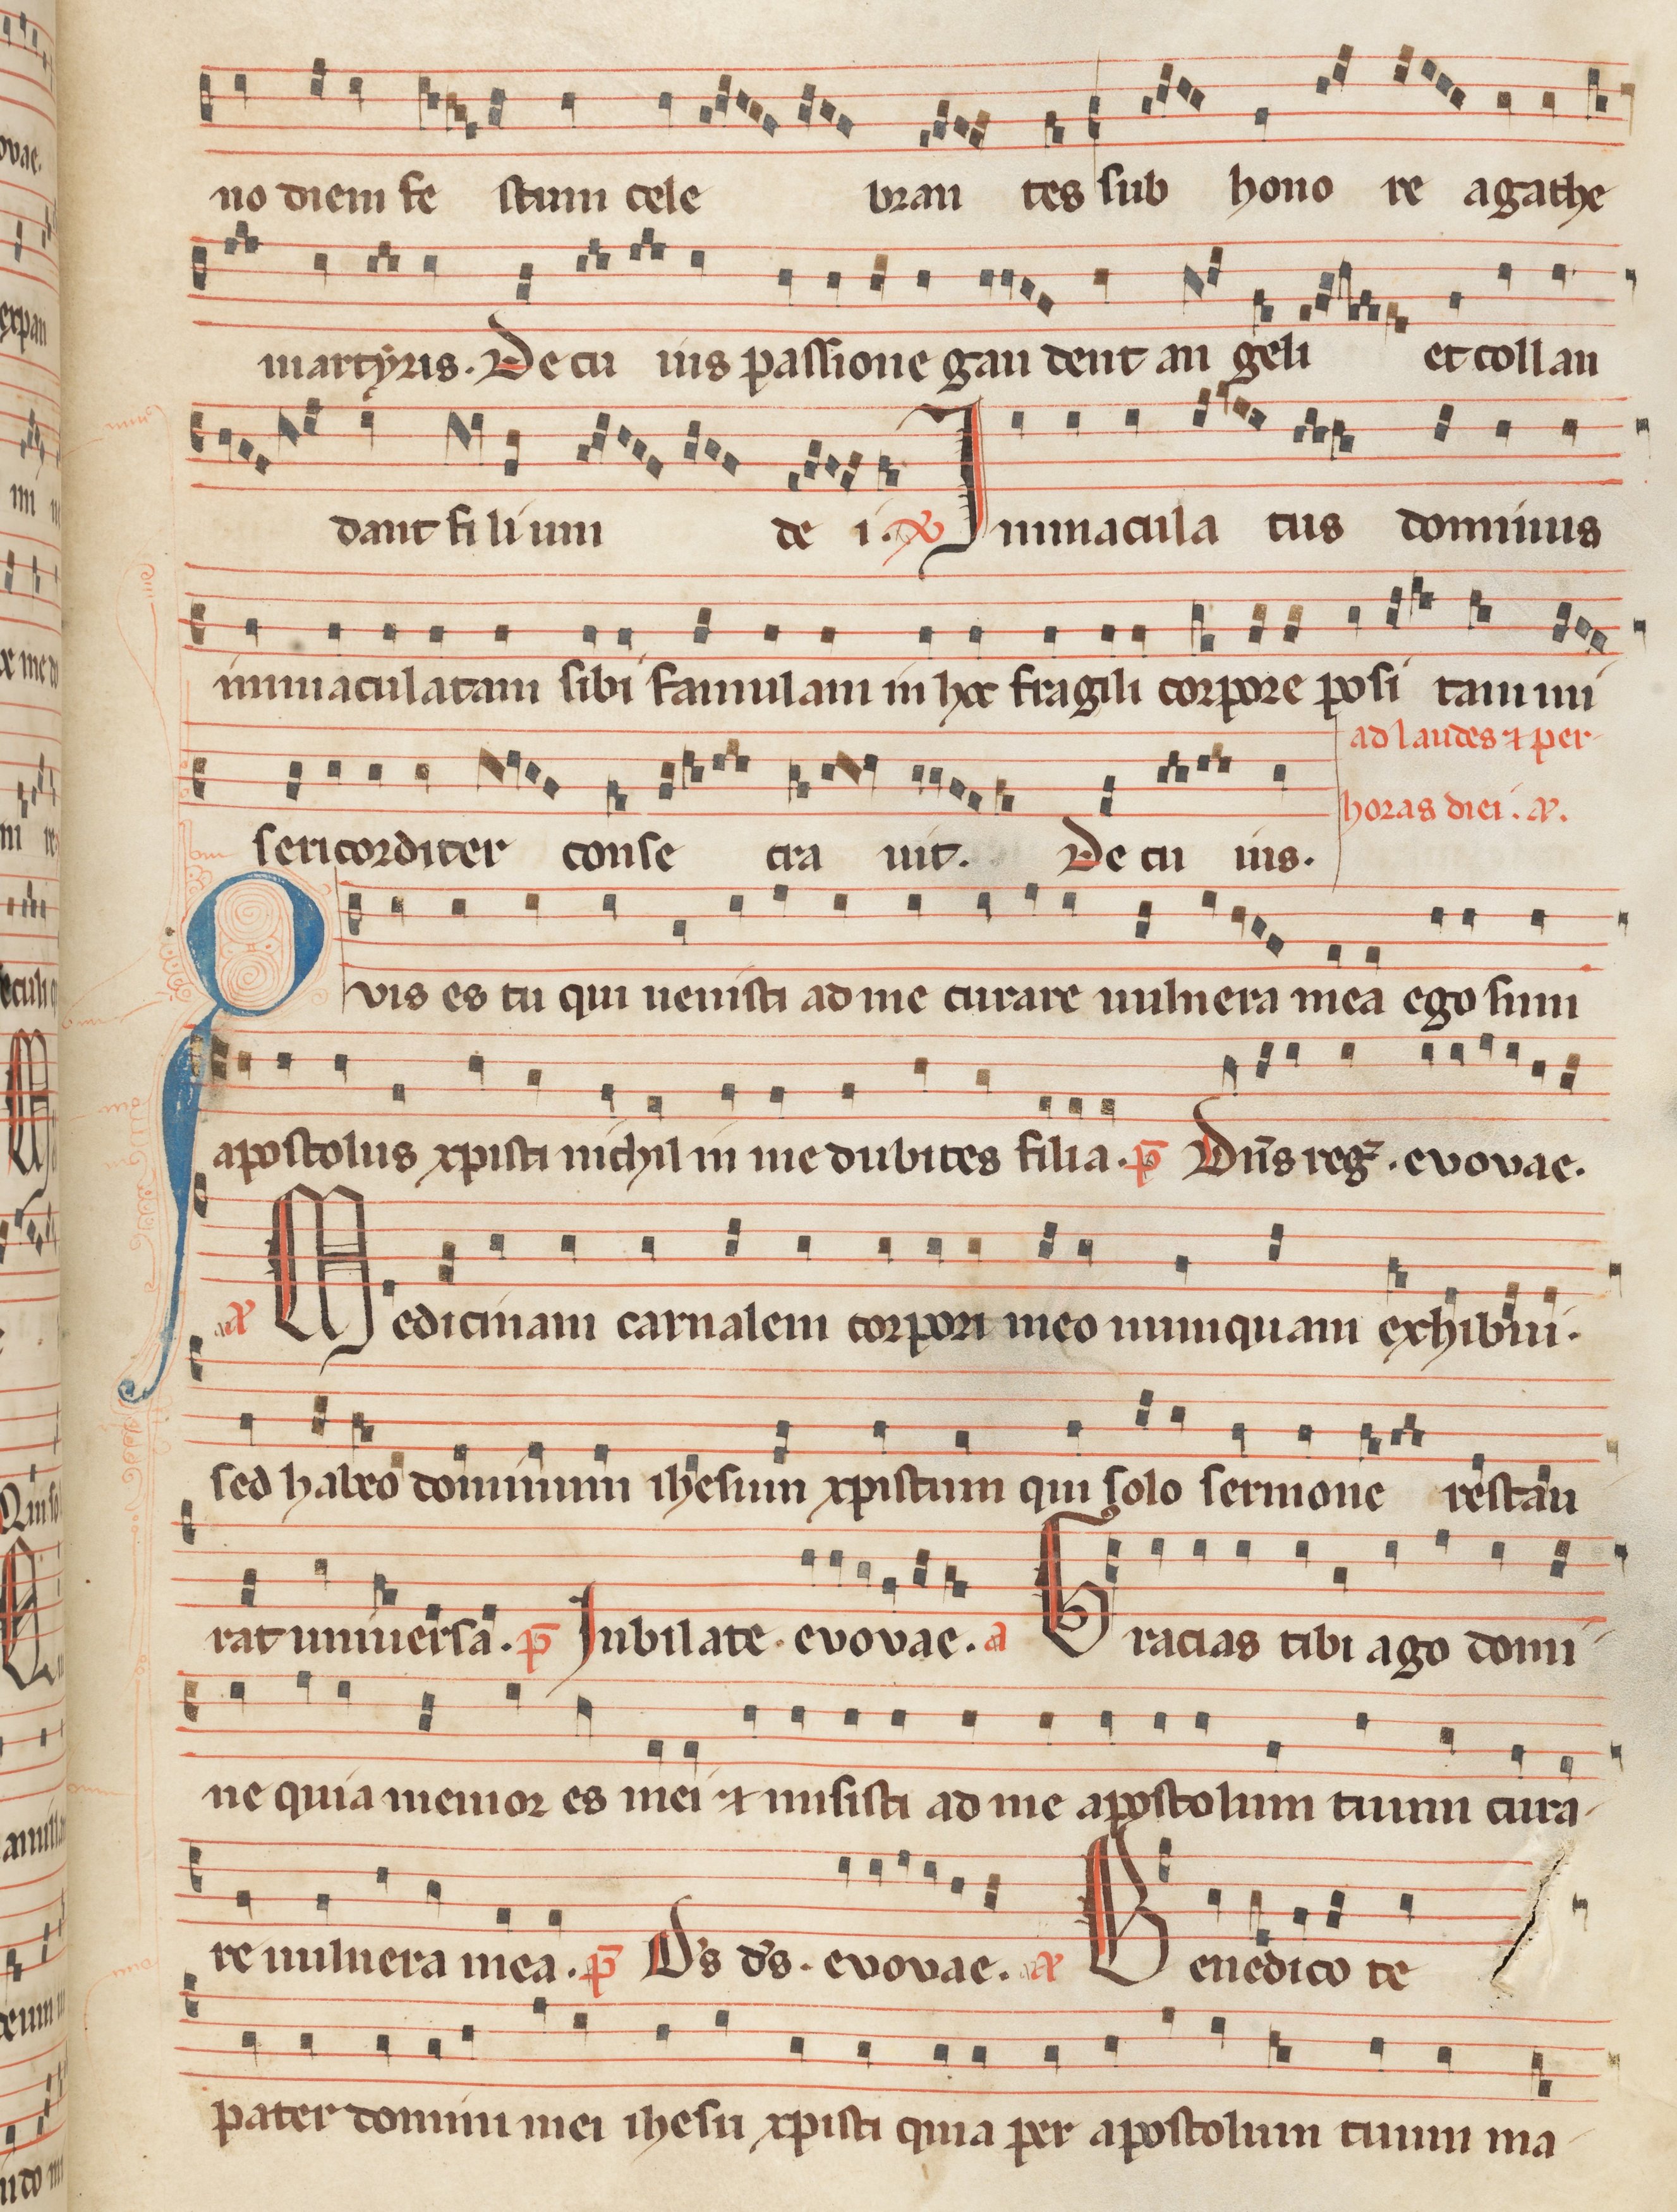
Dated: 1260–1315